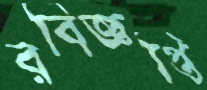
রবিজ্ঞপ্তি